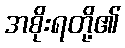
အစိုးရတို့၏